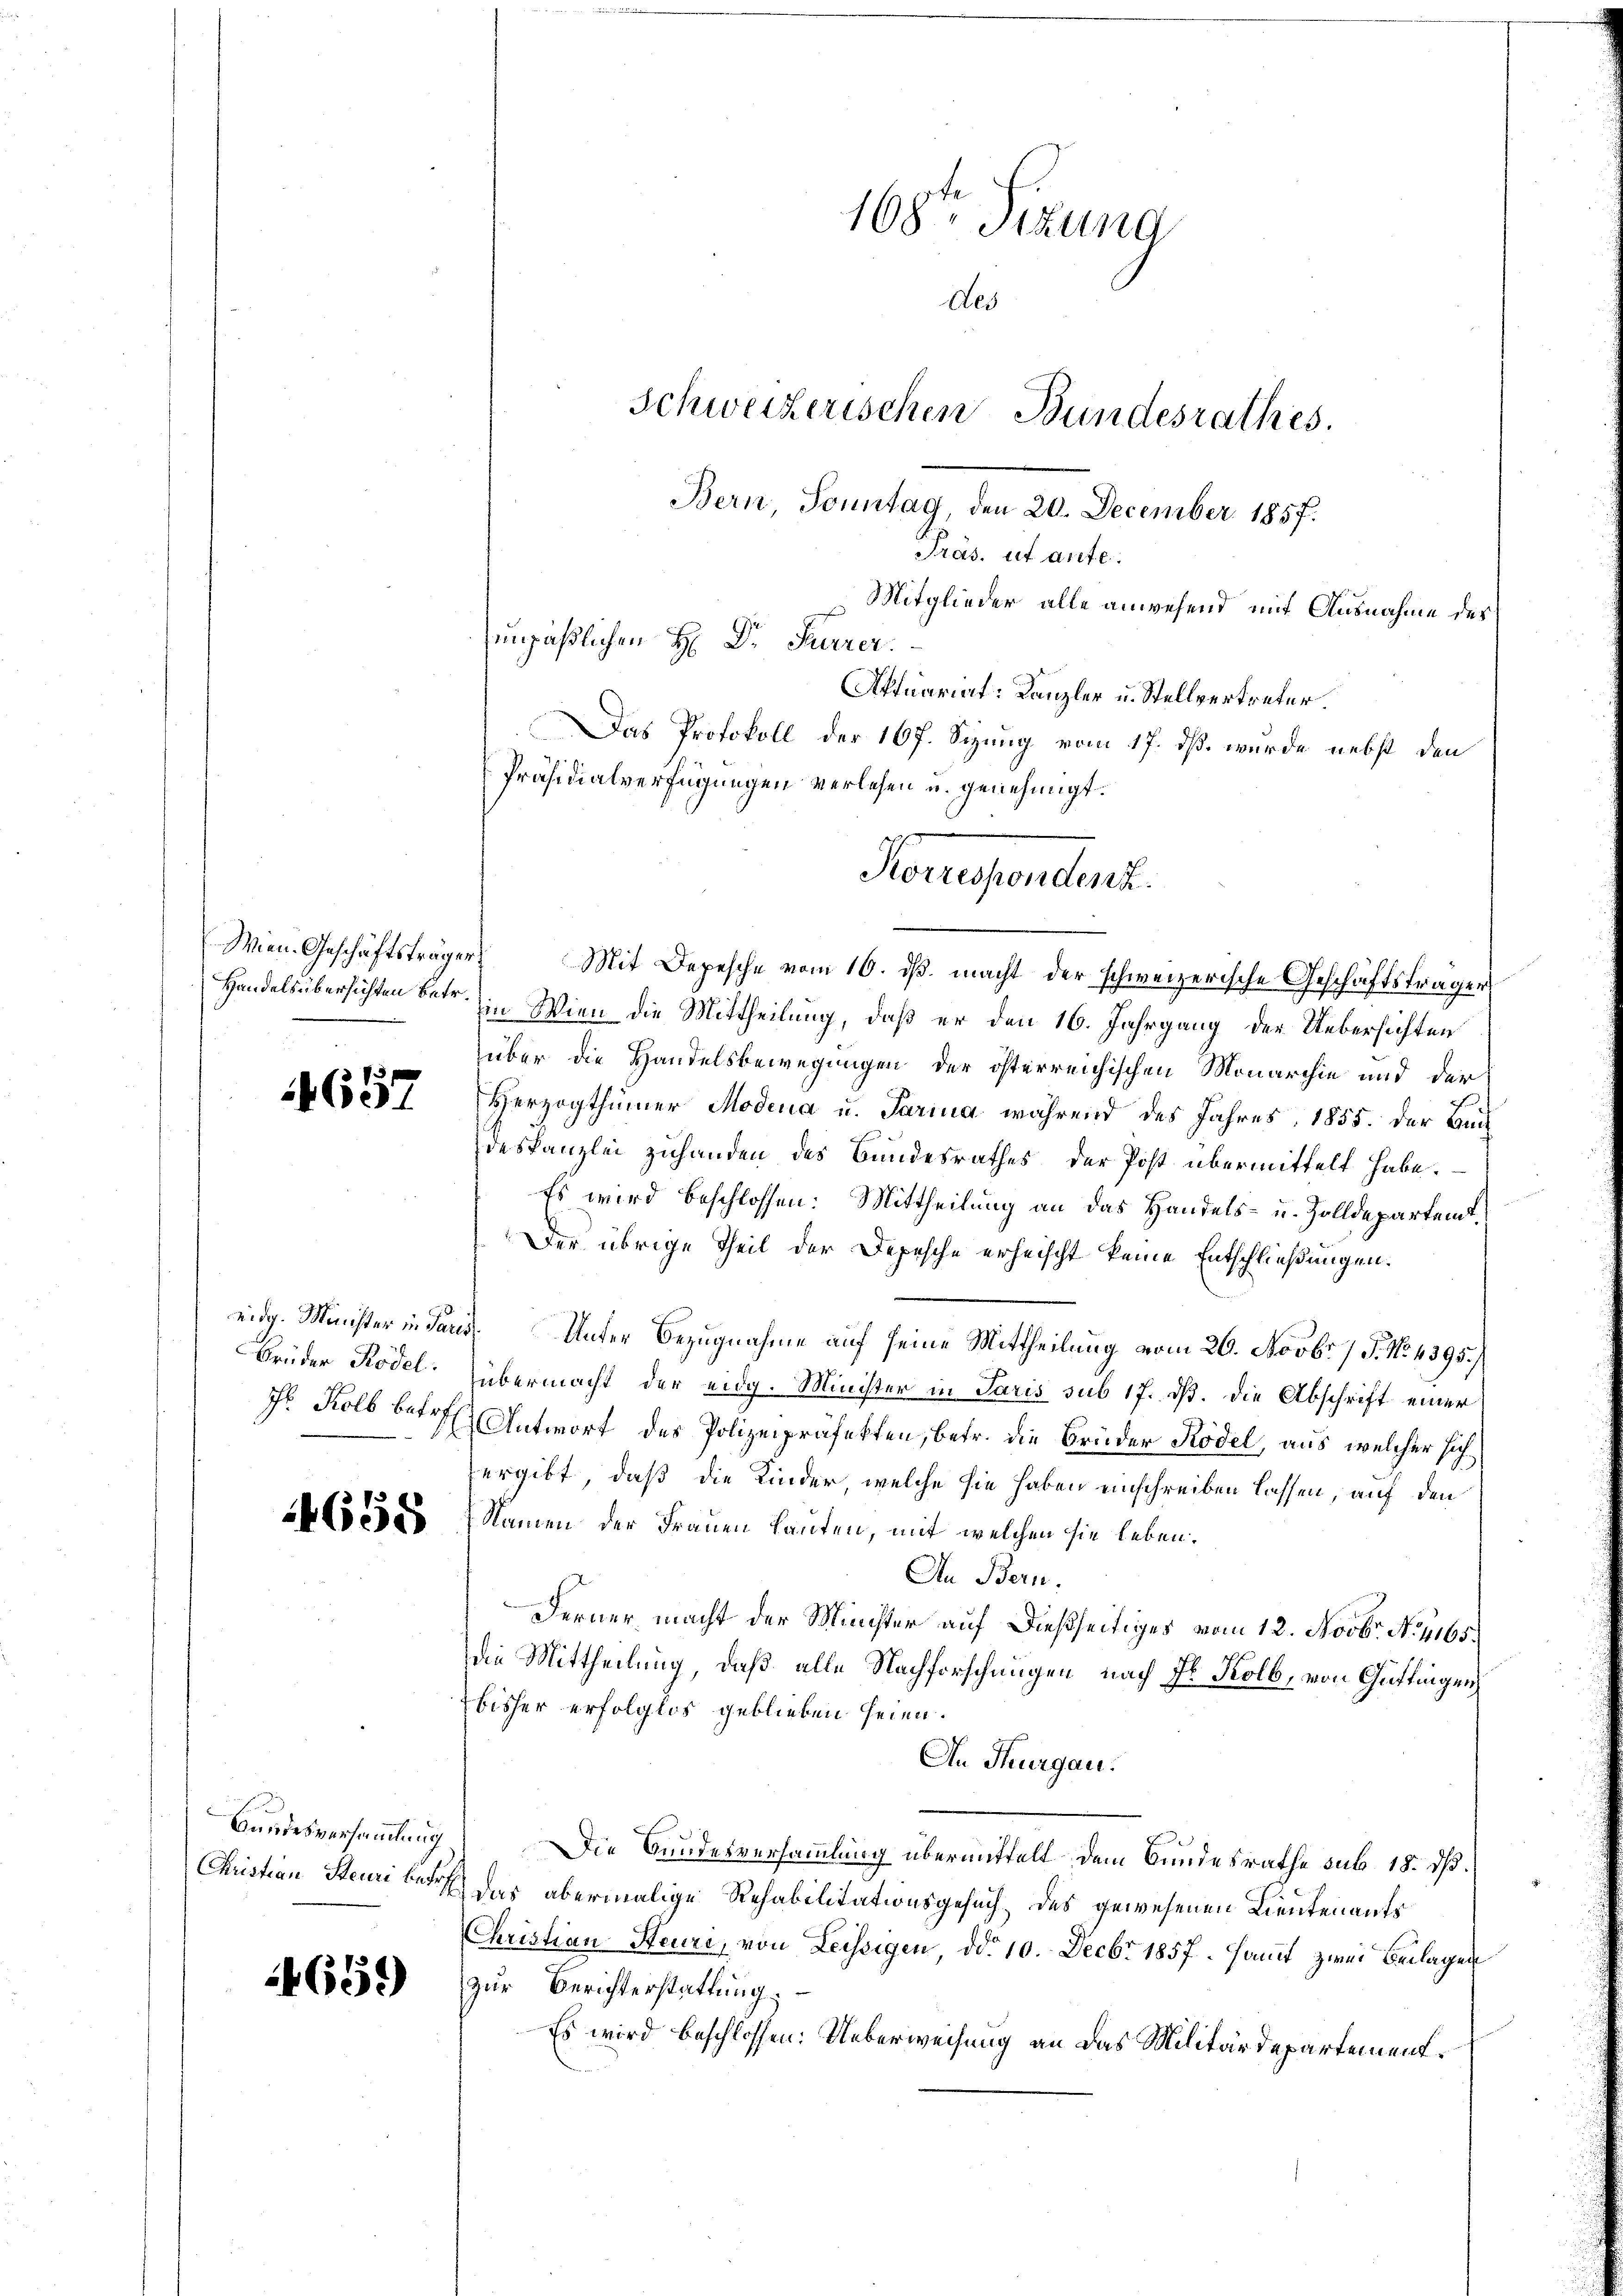
Wien. Geschäftsträger.

1657

Brüder Rödel.

4658

Bundesversammlung.

465.)

Mit Depesche vom 10. ds. macht der schweizerische Geschäftsträger
Handelsübersichten betr. in Wien die Mittheilung, daß er den 16. Jahrgang der Uebersichten
über die Handelsbewegungen der österreichischen Monarchie und der
Herzogthümer Modena u. Parina während des Jahres 1855. der Bun
deskanzlei zuhanden des Bundesrathes der Post übermittelt habe.
Es wird beschlossen: Mittheilung an das Handels- u. Zolldepartent.
Der übrige Theil der Depesche erheischt keine Entschließungen.
eidg. Minister in Paris. Unter Bezugnahme auf seine Mittheilung vom 26. Novbr. / 5. No 4395.)
übermacht der eidg. Minister in Paris sub 17. ds. die Abschrift einer
J. Kolb betr. Antwort des Polizeipräfekten, betr. die Brüder Rödel, aus, welcher sich
ergibt, daß die Kinder, welche sie haben einschreiben lassen, auf den
Namen der Frauen Laufen, mit welchen sie leben.
In Bern.
Ferner macht der Minister auf dießseitiges vom 12. Novbr. No 1165.
die Mittheilung, daß alle Nachforschungen, nach Hr. Kolb, von Güttingen
bisher erfolglos geblieben seien.
In Thurgau.
Die Bundesversammlung übermittelt dem Bundesrathe sub. 18. ds.
 das abermalige Rehabilitationsgesuch des gewesenen Lieutenants
Christian Steuri, von Leissigen, ddo 10. Decbr 1857 samt zwei Beilagen
zur Berichterstattung.
Es wird beschlossen: Ueberweisung an das Militärdepartement¬

168ten Sitzung
des
Schweizerischen Bundesrathes.
Bern, Sonntag, den 20. December 1857.
Präs. ut ante.
Mitglieder alle anwesend mit Ausnahme des
unpäßlichen H. Dr. Furrer.
Aktuariat: Kanzler u. Stellvertreter.
Das Protokoll der 167. Sizung vom 17. dß wurde nebst den
Präsidialverfügungen verlesen u. genehmigt.

Konsendent.